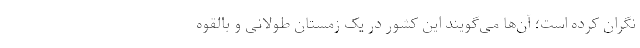
نگران کرده است؛ آن‌ها می‌گویند این کشور در یک زمستان طولانی و بالقوه